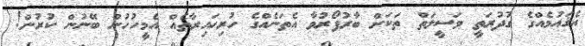
އެޤައުމެއްގެ ގުދުރަތީ ވަސީލަތް ތަކަށް ބާރުފޯރުވާ އެތަނެއްގެ ހުރިހައިރާތެއް އެމީހުހުން ބޭނުން ކުރުން!